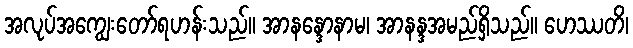
အလုပ်အကျွေးတော်ရဟန်းသည်။ အာနန္ဒောနာမ၊ အာနန္ဒအမည်ရှိသည်။ ဟေဿတိ၊